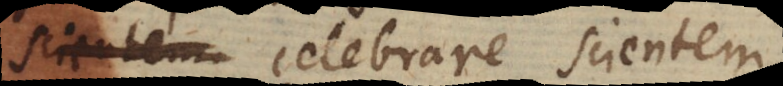
e celebrare scientem